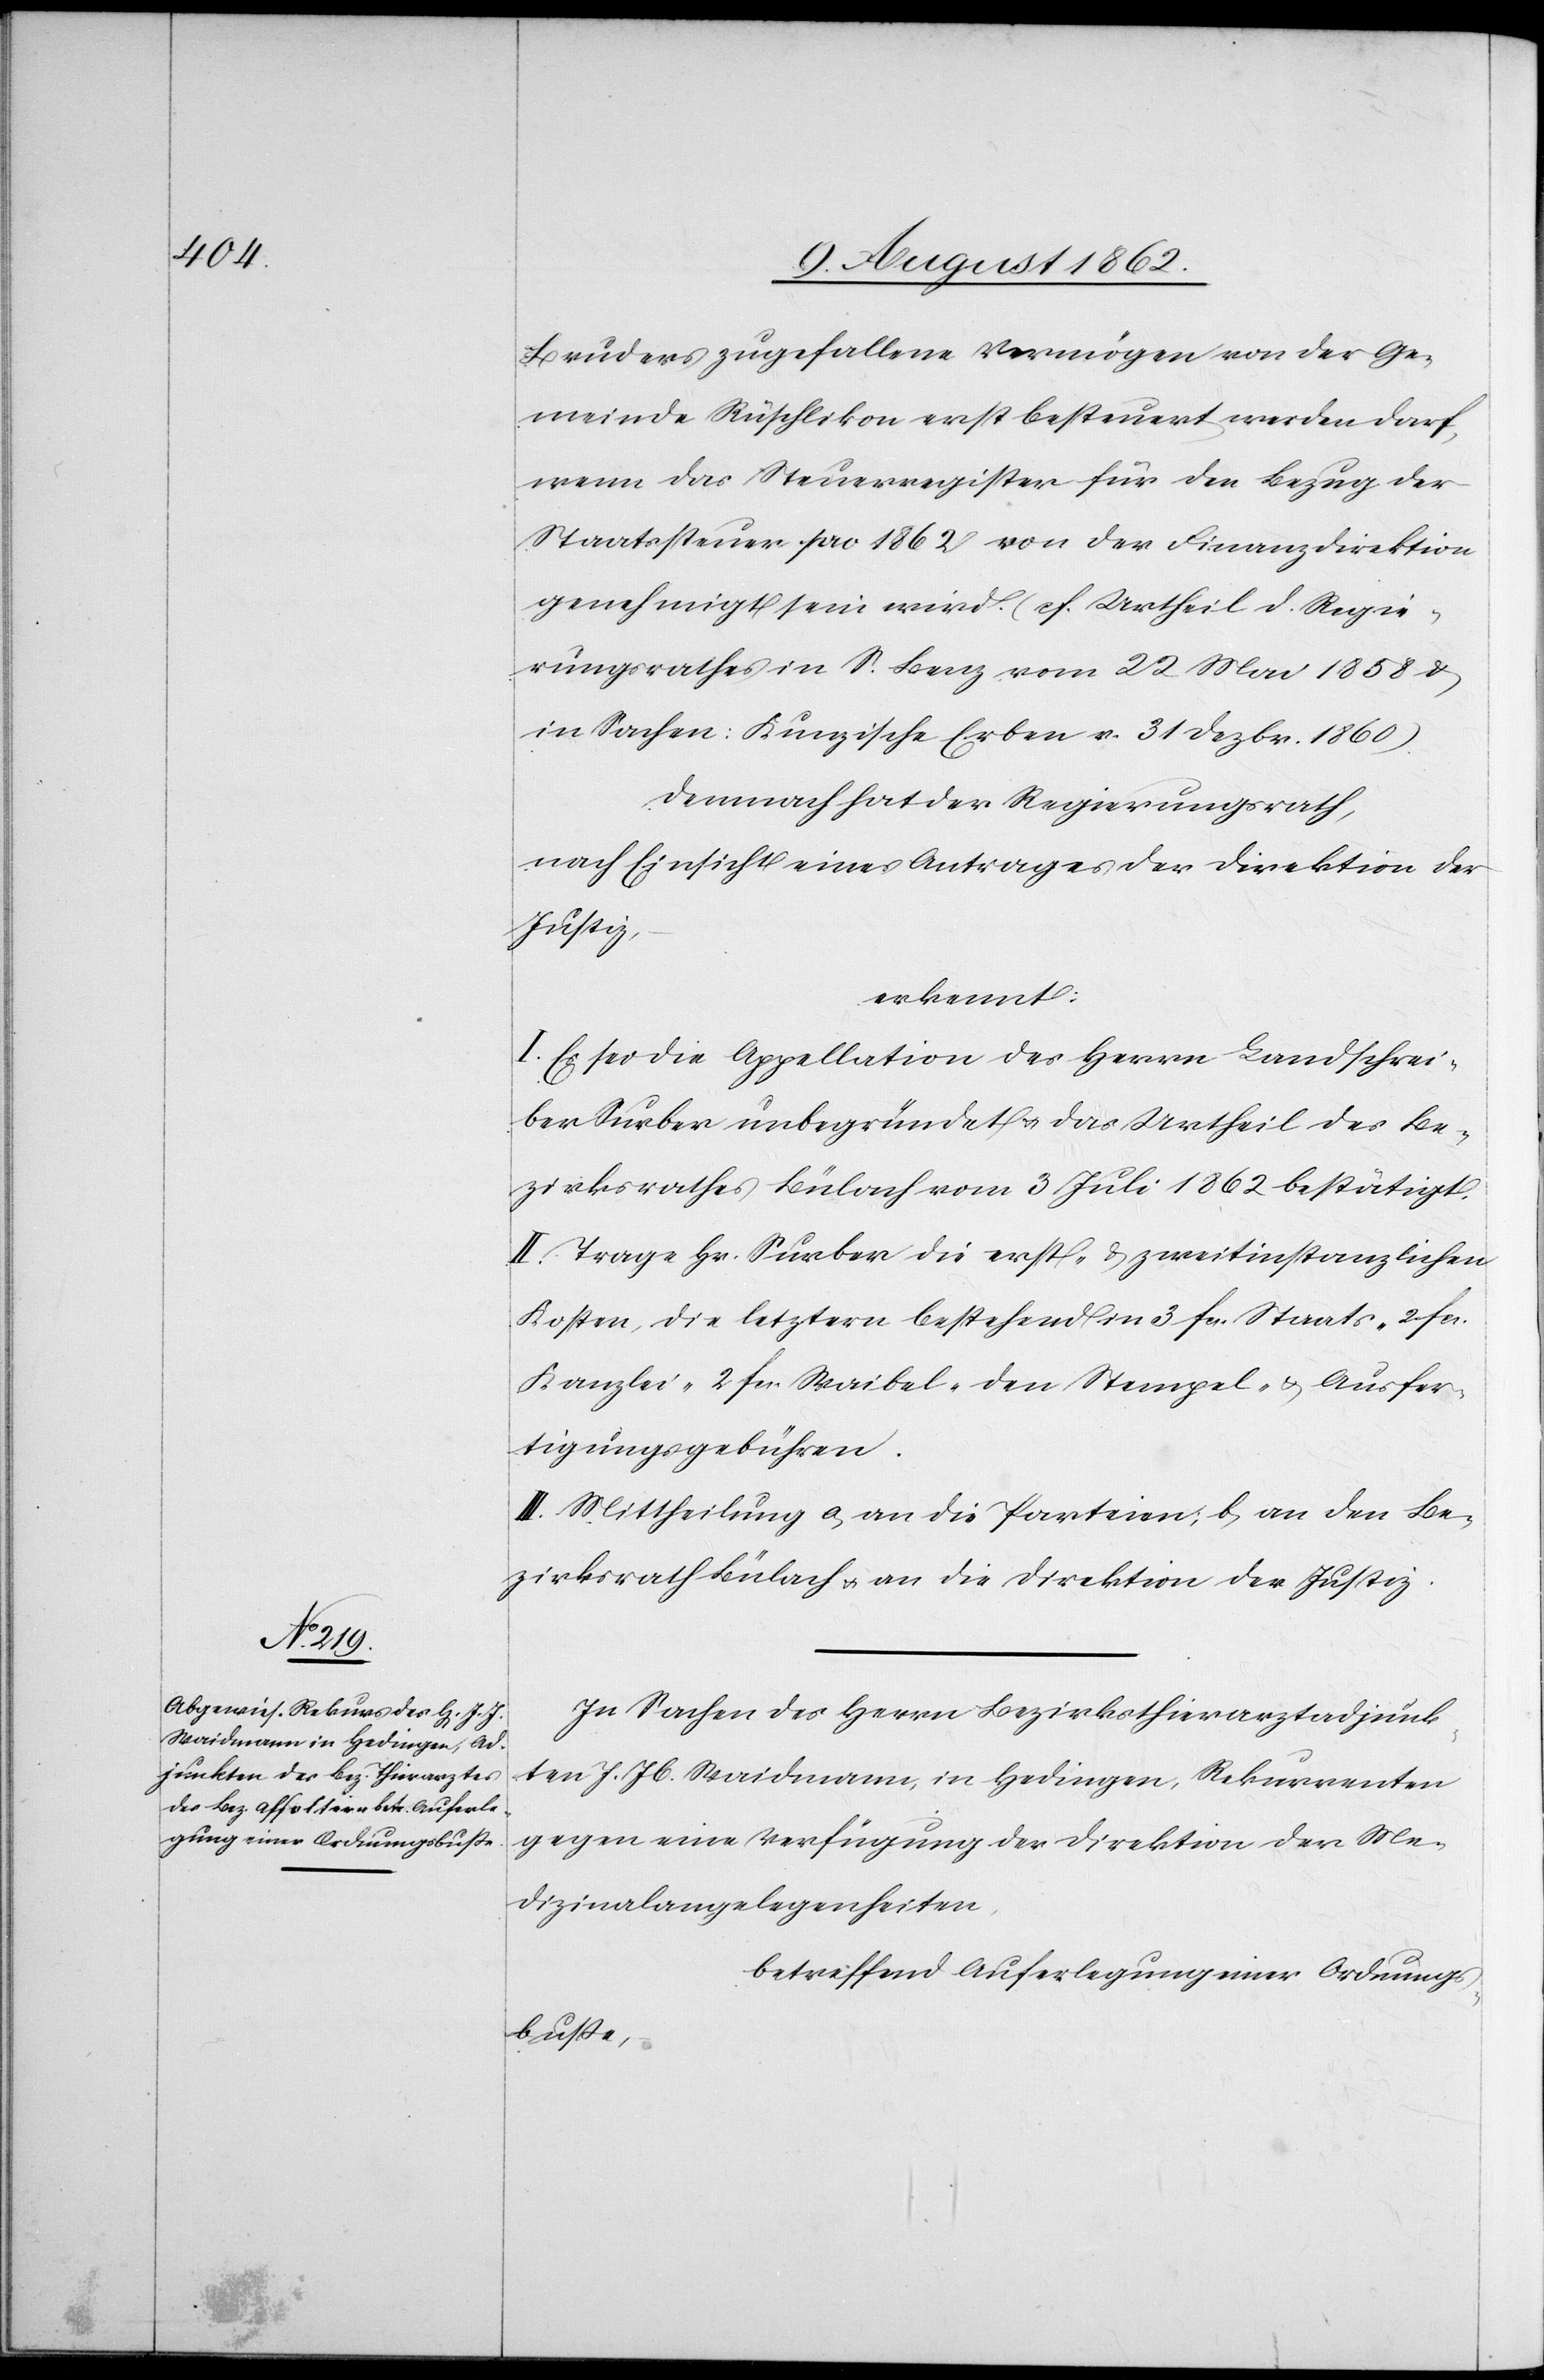
Bruders zugefallene Vermögen von der Ge¬
meinde Rüschikon erst besteuert werden darf,
wenn das Steuerregister für den Bezug der
Staatssteuer pro 1862 von der Finanzdirektion
genehmigt sein wird. (cf. Urtheil d. Regie¬
rungsrathes in S. Benz vom 22. Mai 1858 u.
in Sachen: Kunzische Erben v. 31. Dezbr. 1860).
Demnach hat der Regierungsrath,
nach Einsicht eines Antrages der Direktion der
Justiz.
erkennt:
I. Es sei die Appellation des Herrn Landschrei¬
ber Surber unbegründet u. das Urtheil des Be¬
zirksrathes Bülach vom 3. Juli 1862 bestätigt.
II. Trage Hr. Surber die erst- u. zweitinstanzlichen
Kosten, die letztern bestehend in 3 fcs. Staats-[,] 2 fcs.
Kanzlei-[,] 2 fcs. Waibel-[,] den Stempel- u. Ausfer¬
tigungsgebühren.
III. Mittheilung a. an die Parteien; b. an den Be¬
zirksrath Bülach u. an die Direktion der Justiz.
In Sachen des Herrn Bezirksthierarztadjunk¬
ten J. Jb. Waidmann, in Hedingen, Rekurrenten
gegen eine Verfügung der Direktion der Me¬
dizinalangelegenheiten,
betreffend Auferlegung einer Ordnungs¬
buße,